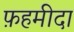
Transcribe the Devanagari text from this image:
फ़हमीदा